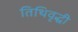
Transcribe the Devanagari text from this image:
तिथिवृद्धी